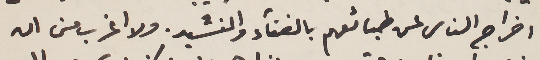
اخراج الناس عن طبائعهم بالغناء والنشيد. ولا اغرب من ان